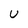
Character: U